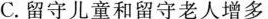
C.留守儿童和留守老人增多